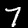
Digit: 7